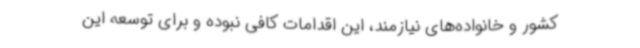
کشور و خانواده‌های نیازمند، این اقدامات کافی نبوده و برای توسعه این